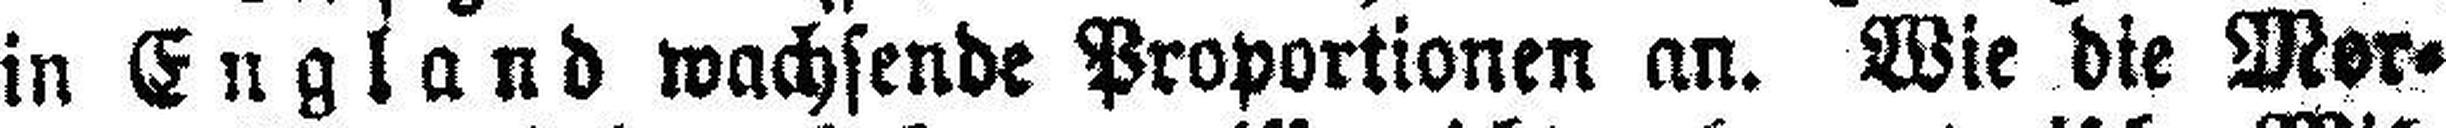
in England wachsende Proportionen an. Wie die Mor¬